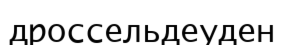
дроссельдеуден